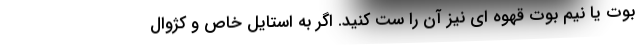
بوت یا نیم بوت قهوه ای نیز آن را ست کنید. اگر به استایل خاص و کژوال